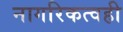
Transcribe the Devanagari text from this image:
नागरिकत्वही